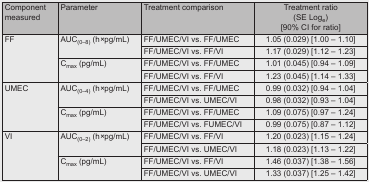
<table><thead><tr><td><b>Component measured</b></td><td><b>Parameter</b></td><td><b>Treatment comparison</b></td><td><b>Treatment ratio (SE Log<sub>e</sub>) [90% CI for ratio]</b></td></tr></thead><tbody><tr><td rowspan="4">FF</td><td rowspan="2">AUC<sub>(0–8)</sub> (h×pg/mL)</td><td>FF/UMEC/VI vs. FF/UMEC</td><td>1.05 (0.029) [1.00 – 1.10]</td></tr><tr><td>FF/UMEC/VI vs. FF/VI</td><td>1.17 (0.029) [1.12 – 1.23]</td></tr><tr><td rowspan="2">C<sub>max</sub> (pg/mL)</td><td>FF/UMEC/VI vs. FF/UMEC</td><td>1.01 (0.045) [0.94 – 1.09]</td></tr><tr><td>FF/UMEC/VI vs. FF/VI</td><td>1.23 (0.045) [1.14 – 1.33]</td></tr><tr><td rowspan="4">UMEC</td><td rowspan="2">AUC<sub>(0–4)</sub> (h×pg/mL)</td><td>FF/UMEC/VI vs. FF/UMEC</td><td>0.99 (0.032) [0.94 – 1.04]</td></tr><tr><td>FF/UMEC/VI vs. UMEC/VI</td><td>0.98 (0.032) [0.93 – 1.04]</td></tr><tr><td rowspan="2">C<sub>max</sub> (pg/mL)</td><td>FF/UMEC/VI vs. FF/UMEC</td><td>1.09 (0.075) [0.97 – 1.24]</td></tr><tr><td>FF/UMEC/VI vs. FUMEC/VI</td><td>0.99 (0.075) [0.87 – 1.12]</td></tr><tr><td rowspan="4">VI</td><td rowspan="2">AUC<sub>(0–2)</sub> (h×pg/mL)</td><td>FF/UMEC/VI vs. FF/VI</td><td>1.20 (0.023) [1.15 – 1.24]</td></tr><tr><td>FF/UMEC/VI vs. UMEC/VI</td><td>1.18 (0.023) [1.13 – 1.22]</td></tr><tr><td rowspan="2">C<sub>max</sub> (pg/mL)</td><td>FF/UMEC/VI vs. FF/VI</td><td>1.46 (0.037) [1.38 – 1.56]</td></tr><tr><td>FF/UMEC/VI vs. UMEC/VI</td><td>1.33 (0.037) [1.25 – 1.42]</td></tr></tbody></table>